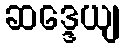
ဆဒ္ဒေယျ